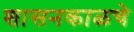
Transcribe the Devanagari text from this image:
शासनकाळचे